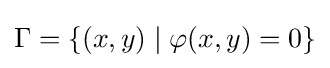
\Gamma =\{(x,y)\mid \varphi (x,y)=0\}